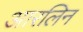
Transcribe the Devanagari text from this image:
आरलिन